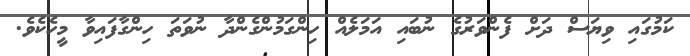
ކަމުގައި ވިޔަސް ދަށް ފެންވަރުގެ ނުބައި އަމަލެއް ހިންގަމުންގެންދާ ނުވަތަ ހިންގާފައިވާ މީހެކެވެ.